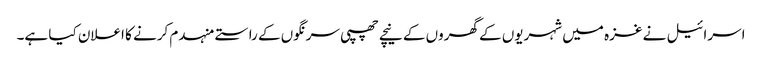
اسرائیل نے غزہ میں شہریوں کے گھروں کے نیچے چھپی سرنگوں کے راستے منہدم کرنے کا اعلان کیا ہے۔